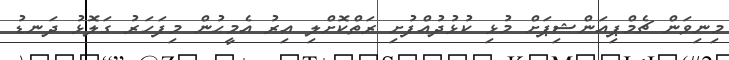
މިނިވަން ޗެމްޕިއަންޝިޕަށް މުޅި ކުޅުދުއްފުށި ރަތްކޮށްލި އިރު އެމީޙުން މިފަހަރު ގަލޮޅު ދަނޑު